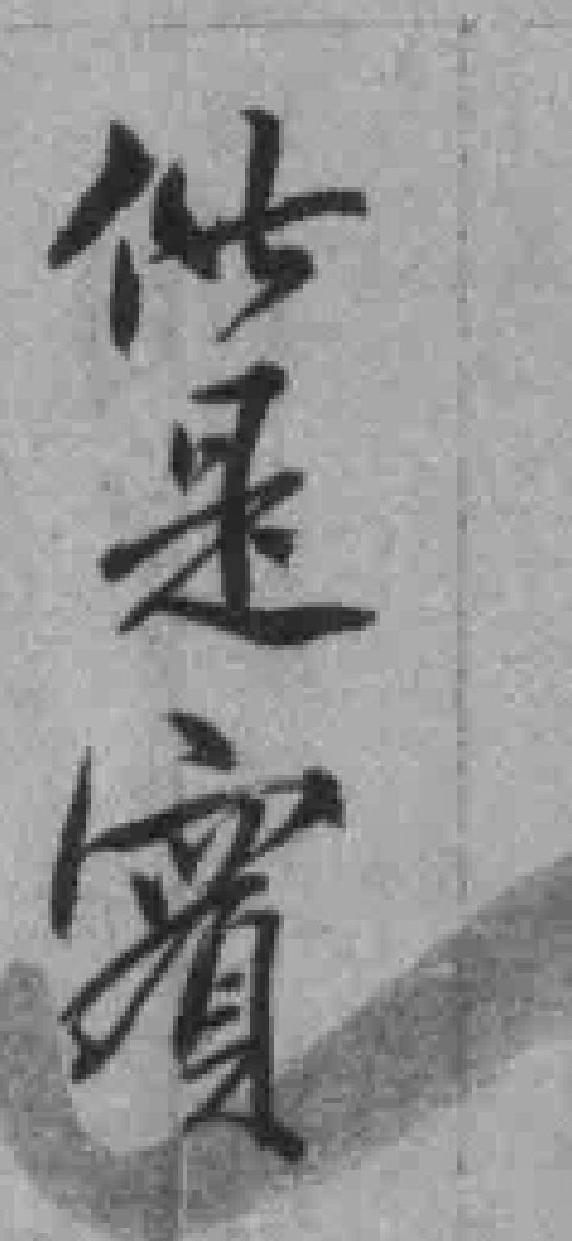
供是實